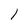
Character: l